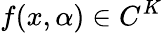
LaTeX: f(x,\alpha)\in C^{K}